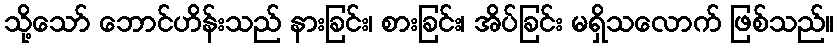
သို့သော် ဘောင်ဟိန်းသည် နားခြင်း၊ စားခြင်း၊ အိပ်ခြင်း မရှိသလောက် ဖြစ်သည်။